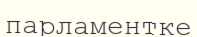
парламентке